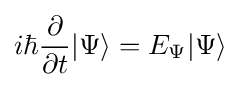
i\hbar {\frac {\partial }{\partial t}}|\Psi \rangle =E_{\Psi }|\Psi \rangle